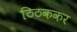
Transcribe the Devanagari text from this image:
ठिठककर